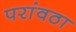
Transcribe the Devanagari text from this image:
परांवठा